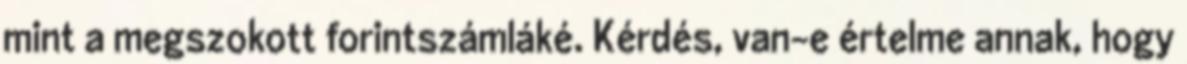
mint a megszokott forintszámláké. Kérdés, van-e értelme annak, hogy